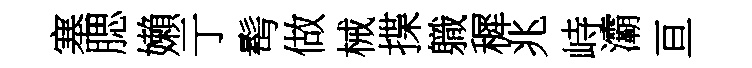
塞腮嬾亍髩做械揲軄穉兆峙灞亘